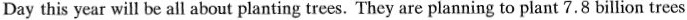
Day this year will be all about planting trees. They are planning to plant 7.8 billion trees